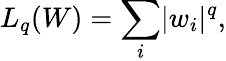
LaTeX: L_{q}(W)=\sum_{i}\lvert w_{i}\rvert^{q},